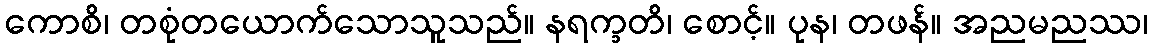
ကောစိ၊ တစုံတယောက်သောသူသည်။ နရက္ခတိ၊ စောင့်။ ပုန၊ တဖန်။ အညမညဿ၊